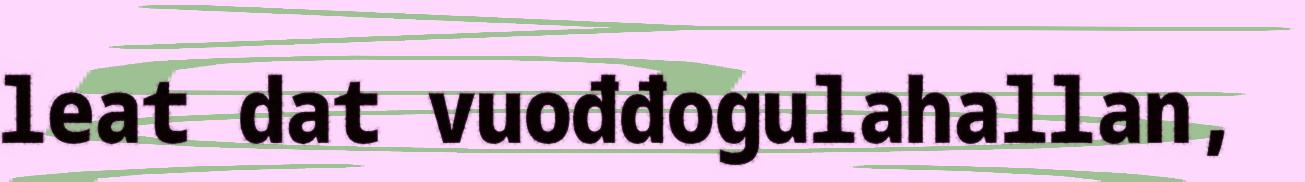
leat dat vuođđogulahallan,